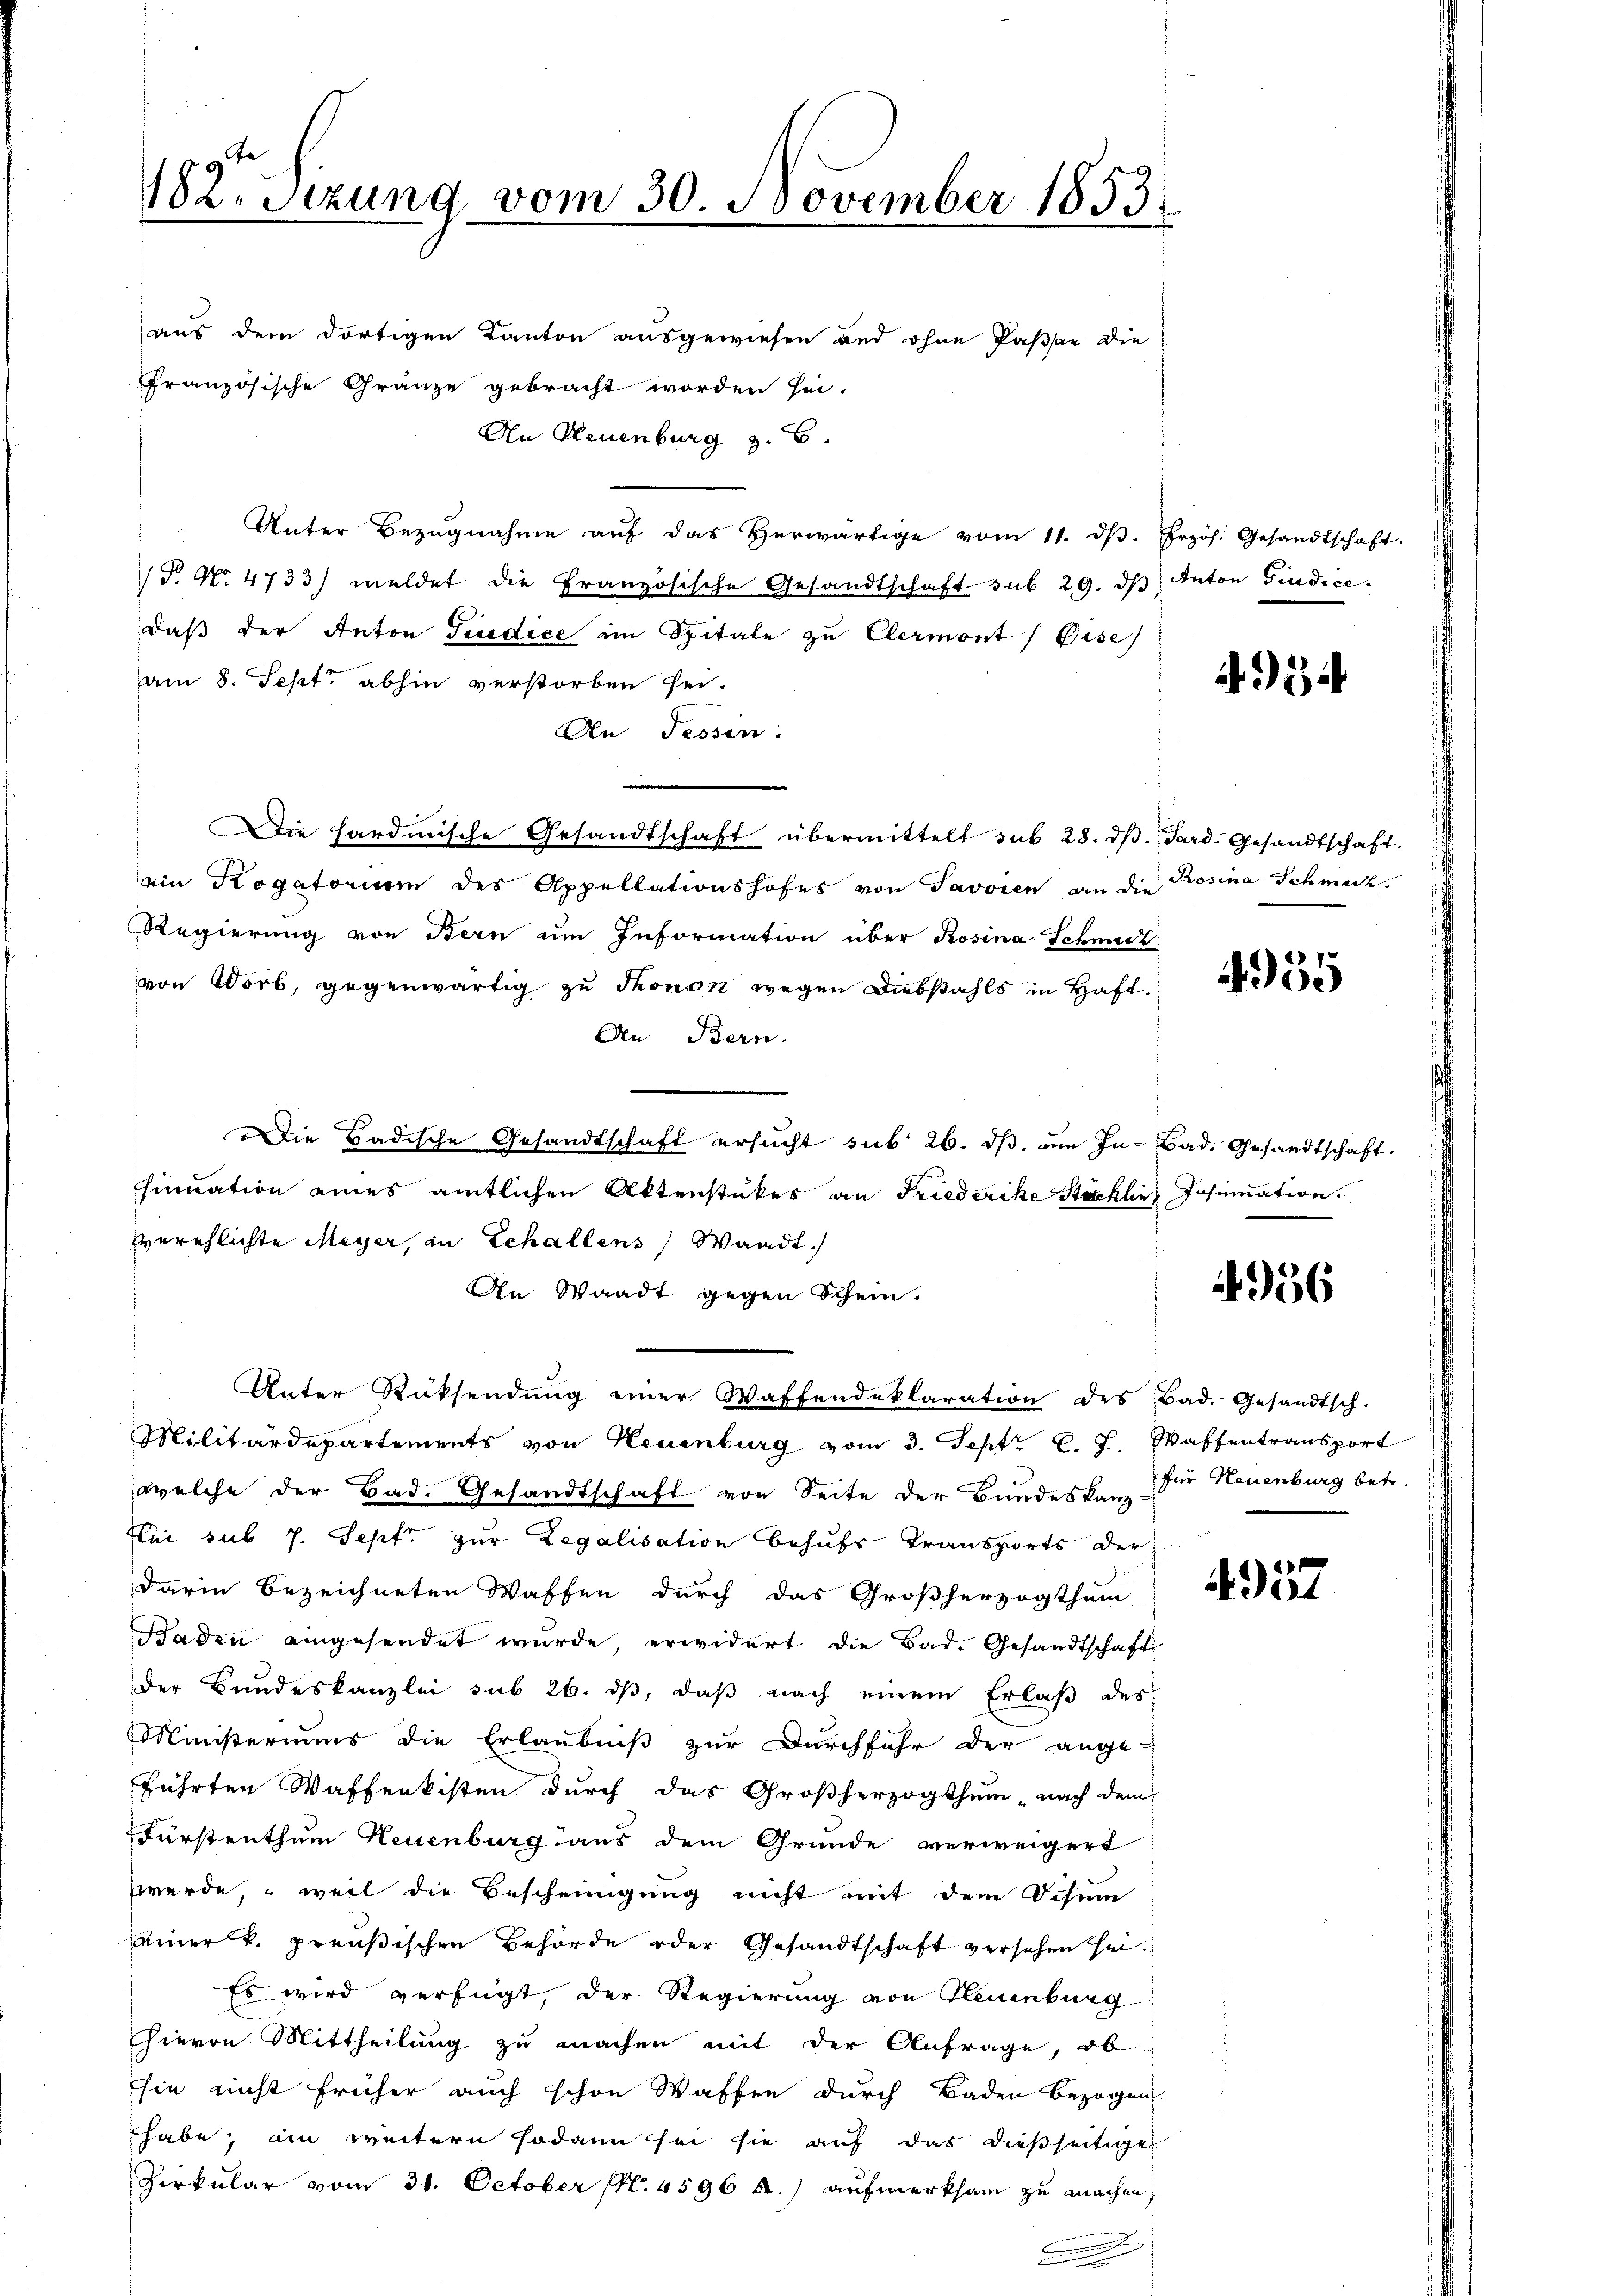
182. Stzung vom 30. November 1853.

aus dem dortigen Kanton ausgewiesen und ohne Paßan die
Französische Gränze gebracht worden sei.
An Neuenburg z. B.
Unter Bezŭgnahme aŭf das herwärtige vom 11. dβ. Frzös. Gesandtschaft.
F. No. 4733) meldet die Französische Gesandtschaft sub 29. ds Anton Giudice.
daß der Anton Giudice im Spitale zu Clermont) Bise
am 8. Sept. abhin verstorben sei.
An Tessin.
die Hardmische Gesandtschaft übermittelt sub 28. dβ. Pard. Gesandtschaft.
ein Rogatorium des Appellationshofes von Savoren an die Rosina Schmuck-
Regierung von Bern um Information über Rosina Schmit
von Worb, gegenwärtig zu Thonen wegen Diebstahls in Haft.
An Bern.
ie Badische Gesandtschaft ersucht sub 26. dβ, um In- Bad. Gesandtschaft.
sinuation eines amtlichen Aktenstückes an Friederike Stacklin Insinuation.
verehlichte Meyer, in Schallens, Waadt.
An Waadt gegen Schein.
Unter Rücksendŭng einer Waffendeklaration des Bad. Gesandtsch.
Militärdepartements von Neuenburg vom 3. Sept. l. J. Waffentransport
welche der Bad. Gesandtschaft von Seite der Bundeskanz
Kui sub 7. Sept. zur Legalisation behufs Transports der
darin bezeichneten Waffen durch das Großherzogthum
Baden eingesendet wurde, erwidert die Bad. Gesandtschaft
der Bundeskanzlei sub 26. ds, daß nach einem Erlaß des
Ministeriums die Erlaubniß zur Durchfuhr der ange-
führten Waffenkisten durch das Großherzogthum nach dem
Fürstenthum Neuenburg aus dem Grunde verweigert
werde, weil die Bescheinigung nicht mit dem Dihun
einer k. preußischen Behörde oder Gesandtschaft versehen sei¬
Es wird verfügt, der Regierung von Neuenburg
hievon Mittheilung zu machen mit der Anfrage, ob
sie nicht früher auch schon Waffen durch Baden bezogen
habe, in weitern sodann sei sie auf das dießseitige
Zirkular vom 31. October (fl. 4596 f.) aufmerksam zu machen,

4934

4955

4956

für Neuenburg betr.

4957